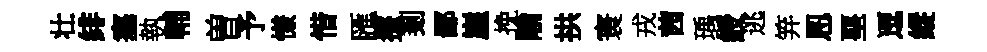
壮緋塞執輔曽予慊惜匯擡剗鄙崖挽隃拱寰戎茜瑀綬逃笄㤙堊逗縱